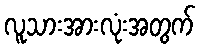
လူသားအားလုံးအတွက်